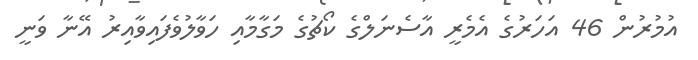
އުމުރުން 46 އަހަރުގެ އެމެރީ އާސެނަލްގެ ކޯޗުގެ މަގާމާއި ހަވާލުވެފައިވާއިރު އޭނާ ވަނީ